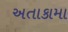
અતાકામા